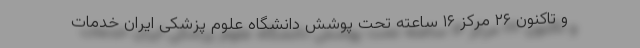
و تاکنون ۲۶ مرکز ۱۶ ساعته تحت پوشش دانشگاه علوم پزشکی ایران خدمات